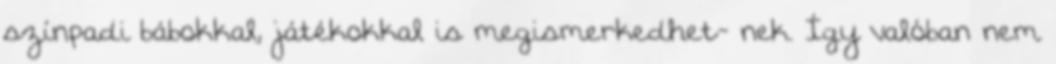
színpadi bábokkal, játékokkal is megismerkedhet- nek. Így valóban nem